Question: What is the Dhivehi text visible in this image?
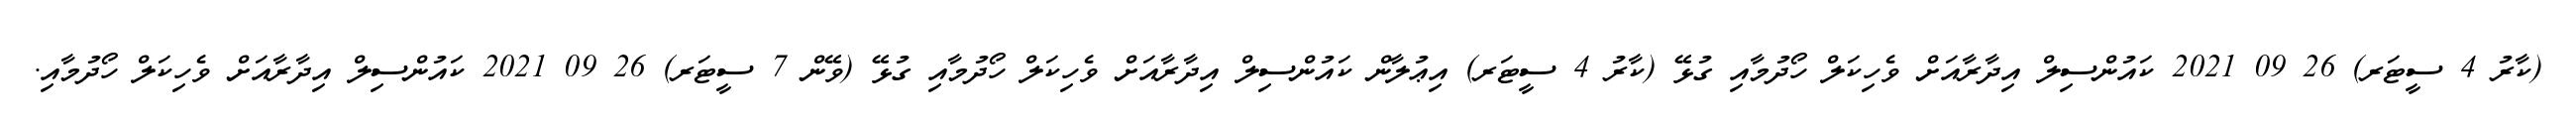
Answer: (ކާރު 4 ސީޓަރ) 26 09 2021 ކައުންސިލް އިދާރާއަށް ވެހިކަލް ހޯދުމާއި ގުޅޭ (ކާރު 4 ސީޓަރ) އިޢުލާން ކައުންސިލް އިދާރާއަށް ވެހިކަލް ހޯދުމާއި ގުޅޭ (ވޭން 7 ސީޓަރ) 26 09 2021 ކައުންސިލް އިދާރާއަށް ވެހިކަލް ހޯދުމާއި.